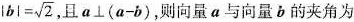
$$|b|= \sqrt{2}$$ 且$$a\perp (a-b)$$，则向量a与向量b的夹角为